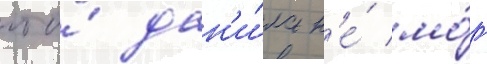
что́ дан'и́ла н'е́ мо́г